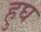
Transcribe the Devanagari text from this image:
हुघ